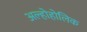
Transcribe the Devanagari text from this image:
अल्होहोलिक